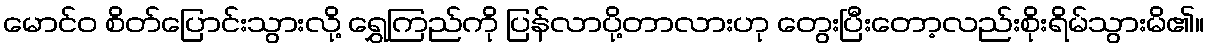
မောင်ဝ စိတ်ပြောင်းသွားလို့ ရွှေကြည်ကို ပြန်လာပို့တာလားဟု တွေးပြီးတော့လည်းစိုးရိမ်သွားမိ၏။